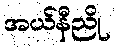
အယ်နီညို